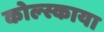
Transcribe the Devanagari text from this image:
कोल्स्काया